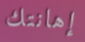
إهانتك